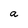
Character: a